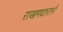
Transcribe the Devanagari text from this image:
राखणदाराने